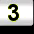
Digit: 3